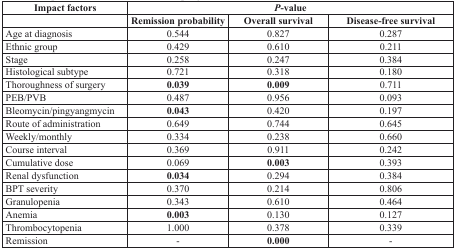
<table><thead><tr><td><b>Impact factors</b></td><td colspan="3"><b><i>P</i>-value</b></td></tr><tr><td></td><td><b>Remission probability</b></td><td><b>Overall survival</b></td><td><b>Disease-free survival</b></td></tr></thead><tbody><tr><td>Age at diagnosis</td><td>0.544</td><td>0.827</td><td>0.287</td></tr><tr><td>Ethnic group</td><td>0.429</td><td>0.610</td><td>0.211</td></tr><tr><td>Stage</td><td>0.258</td><td>0.247</td><td>0.384</td></tr><tr><td>Histological subtype</td><td>0.721</td><td>0.318</td><td>0.180</td></tr><tr><td>Thoroughness of surgery</td><td><b>0.039</b></td><td><b>0.009</b></td><td>0.711</td></tr><tr><td>PEB/PVB</td><td>0.487</td><td>0.956</td><td>0.093</td></tr><tr><td>Bleomycin/pingyangmycin</td><td><b>0.043</b></td><td>0.420</td><td>0.197</td></tr><tr><td>Route of administration</td><td>0.649</td><td>0.744</td><td>0.645</td></tr><tr><td>Weekly/monthly</td><td>0.334</td><td>0.238</td><td>0.660</td></tr><tr><td>Course interval</td><td>0.369</td><td>0.911</td><td>0.242</td></tr><tr><td>Cumulative dose</td><td>0.069</td><td><b>0.003</b></td><td>0.393</td></tr><tr><td>Renal dysfunction</td><td><b>0.034</b></td><td>0.294</td><td>0.384</td></tr><tr><td>BPT severity</td><td>0.370</td><td>0.214</td><td>0.806</td></tr><tr><td>Granulopenia</td><td>0.343</td><td>0.610</td><td>0.464</td></tr><tr><td>Anemia</td><td><b>0.003</b></td><td>0.130</td><td>0.127</td></tr><tr><td>Thrombocytopenia</td><td>1.000</td><td>0.378</td><td>0.339</td></tr><tr><td>Remission</td><td>-</td><td><b>0.000</b></td><td>-</td></tr></tbody></table>